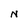
Character: N